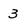
Character: 3